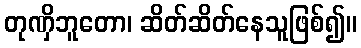
တုဏှိဘူတော၊ ဆိတ်ဆိတ်နေသူဖြစ်၍။